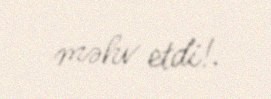
məhv etdi!.